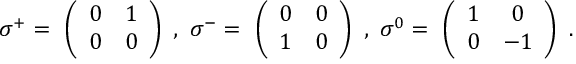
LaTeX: \sigma ^ { + } = \ \left( \begin{array} { c c } { { 0 } } & { { 1 } } \\ { { 0 } } & { { 0 } } \end{array} \right) \ , \ \sigma ^ { - } = \ \left( \begin{array} { c c } { { 0 } } & { { 0 } } \\ { { 1 } } & { { 0 } } \end{array} \right) \ , \ \sigma ^ { 0 } = \ \left( \begin{array} { c c } { { 1 } } & { { 0 } } \\ { { 0 } } & { { - 1 } } \end{array} \right) \ .